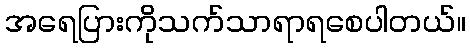
အရေပြားကိုသက်သာရာရစေပါတယ်။